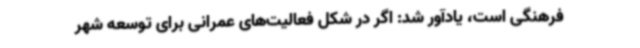
فرهنگی است، یادآور شد: اگر در شکل فعالیت‌های عمرانی برای توسعه شهر